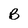
Character: B